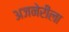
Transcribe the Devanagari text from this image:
अजनेरीला